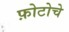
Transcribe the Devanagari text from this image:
फ़ोटोचे